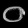
Digit: ၀